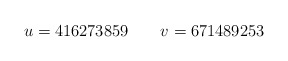
\begin{align*}u=416273859\ \ \ \ \ \ v=671489253\end{align*}